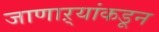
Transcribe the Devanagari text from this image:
जाणाऱ्यांकडून